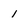
Character: 1